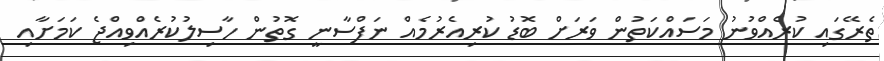
ތެރޭގައި ކުރެއްވުނު މަސައްކަތުން ވަރަށް ބޮޑު ކުރިއެރުމެއް ނަފްސާނީ ގޮތުން ހާސިލުކުރެއްވިއްޖެ ކަމަށާއި